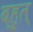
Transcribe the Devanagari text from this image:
बहुत्‌